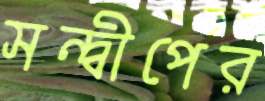
সন্দ্বীপের